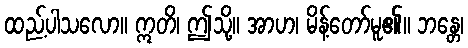
ထည့်ပါသလော။ ဣတိ၊ ဤသို့။ အာဟ၊ မိန့်တော်မူ၏။ ဘန္တေ၊